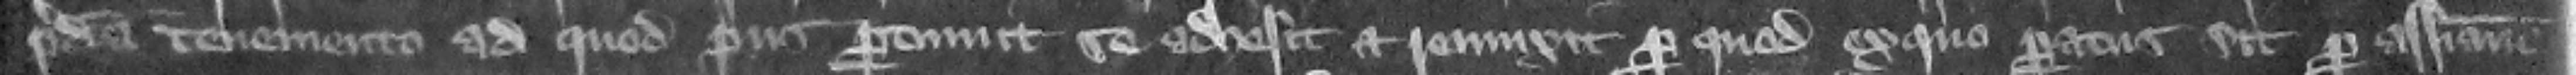
predicta tenemento ad quod prius pertinuit se adhesit et reuinxit. Per quod ex quo paratus sit per assisam